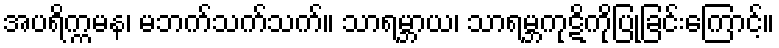
အပရိက္ကမန၊ မဘက်သက်သက်။ သာရမ္ဘာယ၊ သာရမ္ဘကုဋိကိုပြုခြင်းကြောင့်။